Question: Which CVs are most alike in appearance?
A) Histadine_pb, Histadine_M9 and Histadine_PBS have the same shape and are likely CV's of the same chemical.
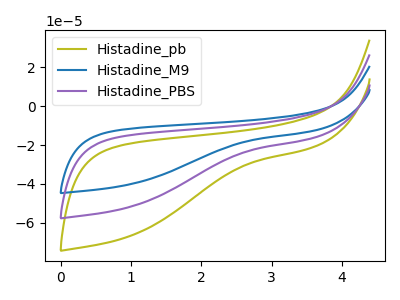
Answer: <think>The olive curve "Histadine_pb" has no peaks. The blue curve "Histadine_M9" has no peaks. The purple curve "Histadine_PBS" has no peaks.
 Neither "Histadine_pb" or "Histadine_M9" have any peaks. Neither "Histadine_pb" or "Histadine_PBS" have any peaks. Neither "Histadine_M9" or "Histadine_PBS" have any peaks.</think>
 <answer>A) "Histadine_pb", "Histadine_M9" and "Histadine_PBS" have the same shape and are likely CV's of the same chemical.</answer>
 <eval>A</eval>